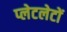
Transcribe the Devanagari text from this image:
प्‍लेटलेटों